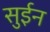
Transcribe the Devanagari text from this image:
सुईन